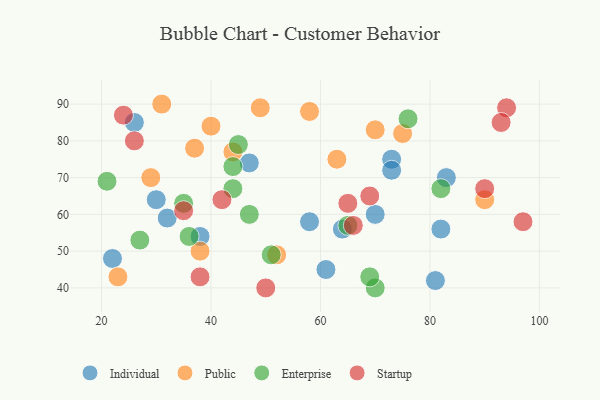
{"axis": {"x": "GDP", "y": "Life Expectancy"}, "legend": ["Enterprise", "Individual", "Public", "Startup"], "data": [{"x": "70", "y": 60, "type": "Individual"}, {"x": "32", "y": 59, "type": "Individual"}, {"x": "64", "y": 56, "type": "Individual"}, {"x": "38", "y": 54, "type": "Individual"}, {"x": "61", "y": 45, "type": "Individual"}, {"x": "22", "y": 48, "type": "Individual"}, {"x": "47", "y": 74, "type": "Individual"}, {"x": "26", "y": 85, "type": "Individual"}, {"x": "73", "y": 75, "type": "Individual"}, {"x": "30", "y": 64, "type": "Individual"}, {"x": "58", "y": 58, "type": "Individual"}, {"x": "73", "y": 72, "type": "Individual"}, {"x": "81", "y": 42, "type": "Individual"}, {"x": "82", "y": 56, "type": "Individual"}, {"x": "83", "y": 70, "type": "Individual"}, {"x": "37", "y": 78, "type": "Public"}, {"x": "58", "y": 88, "type": "Public"}, {"x": "49", "y": 89, "type": "Public"}, {"x": "63", "y": 75, "type": "Public"}, {"x": "38", "y": 50, "type": "Public"}, {"x": "44", "y": 77, "type": "Public"}, {"x": "31", "y": 90, "type": "Public"}, {"x": "75", "y": 82, "type": "Public"}, {"x": "29", "y": 70, "type": "Public"}, {"x": "70", "y": 83, "type": "Public"}, {"x": "52", "y": 49, "type": "Public"}, {"x": "23", "y": 43, "type": "Public"}, {"x": "90", "y": 64, "type": "Public"}, {"x": "40", "y": 84, "type": "Public"}, {"x": "35", "y": 63, "type": "Enterprise"}, {"x": "44", "y": 73, "type": "Enterprise"}, {"x": "47", "y": 60, "type": "Enterprise"}, {"x": "65", "y": 57, "type": "Enterprise"}, {"x": "36", "y": 54, "type": "Enterprise"}, {"x": "45", "y": 79, "type": "Enterprise"}, {"x": "70", "y": 40, "type": "Enterprise"}, {"x": "76", "y": 86, "type": "Enterprise"}, {"x": "21", "y": 69, "type": "Enterprise"}, {"x": "27", "y": 53, "type": "Enterprise"}, {"x": "69", "y": 43, "type": "Enterprise"}, {"x": "44", "y": 67, "type": "Enterprise"}, {"x": "82", "y": 67, "type": "Enterprise"}, {"x": "51", "y": 49, "type": "Enterprise"}, {"x": "94", "y": 89, "type": "Startup"}, {"x": "66", "y": 57, "type": "Startup"}, {"x": "93", "y": 85, "type": "Startup"}, {"x": "26", "y": 80, "type": "Startup"}, {"x": "65", "y": 63, "type": "Startup"}, {"x": "42", "y": 64, "type": "Startup"}, {"x": "97", "y": 58, "type": "Startup"}, {"x": "38", "y": 43, "type": "Startup"}, {"x": "50", "y": 40, "type": "Startup"}, {"x": "24", "y": 87, "type": "Startup"}, {"x": "35", "y": 61, "type": "Startup"}, {"x": "69", "y": 65, "type": "Startup"}, {"x": "90", "y": 67, "type": "Startup"}]}